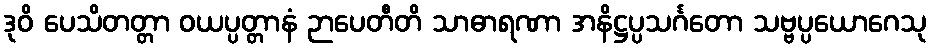
ဒုဝိ ပေသိတတ္တာ ဝယပ္ပတ္တာနံ ဉာပေတီတိ သာဓာရဏာ အနိဋ္ဌပ္ပသင်္ဂတော သဗ္ဗပ္ပယောဂေသု